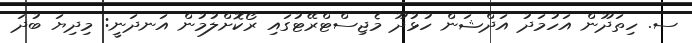
ސ. ހިތަދޫން އަހުމަދު އަދްޝަން ހުޅުދޫ މެޖިސްޓްރޭޓުގައި ރޯކޮށްލުމުން އަނދަނީ: މިދިޔަ ބުދަ